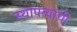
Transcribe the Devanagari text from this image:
स्थापत्यांची